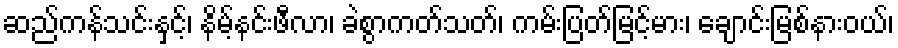
ဆည်ကန်သင်းနှင့်၊ နိမ့်နင်းဖီလာ၊ ခဲစွာကတ်သတ်၊ ကမ်းပြတ်မြင့်မား၊ ချောင်းမြစ်နားဝယ်၊